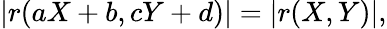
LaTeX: |r(aX+b,cY+d)|=|r(X,Y)|,